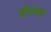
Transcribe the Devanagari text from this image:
ओस्सी